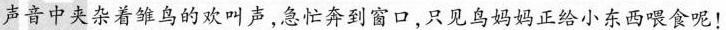
声音中夹杂着雏鸟的欢叫声，急忙奔到窗口，只见鸟妈妈正给小东西喂食呢！